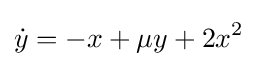
{\dot {y}}=-x+\mu y+2x^{2}